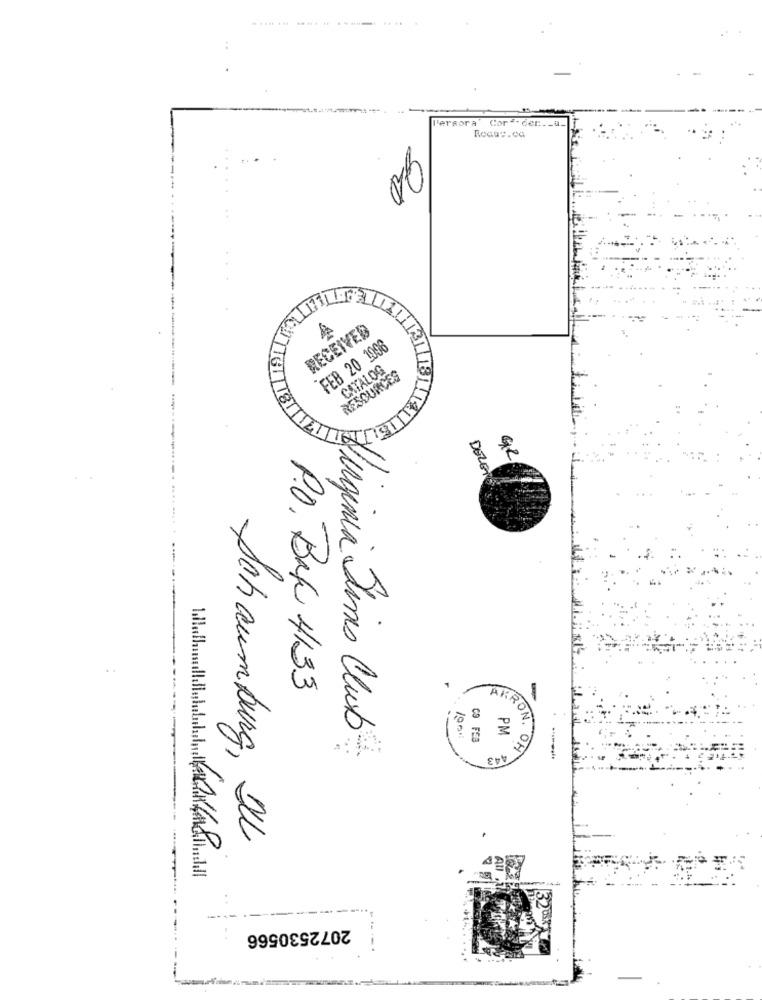
P'eraora Cor - den ._ a_
..
..
RECEIVED
FEB 20 1096
CATALOG
RESOURCES
GR
DELENE
P.O. Box 4133
-
Virginia Sims Club
PM
100
C9 FEB
443
ARON. ON
Schaumburg, DLL
2072530566